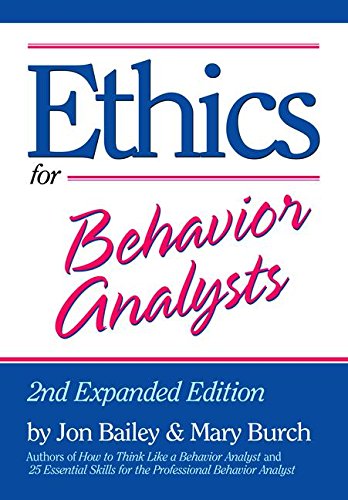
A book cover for Ethics for Behavior Analysts: 2nd Expanded Edition; Jon Bailey; Medical Books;